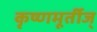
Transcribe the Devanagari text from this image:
कृष्णमूर्तीज्‌